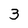
Character: 3